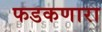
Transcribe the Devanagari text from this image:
फडकणारा